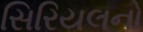
સિરિયલનો